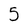
Character: 5